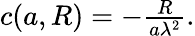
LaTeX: \begin{array}{r}{c({a},R)=-\frac{R}{{a}\lambda^{2}}.}\end{array}